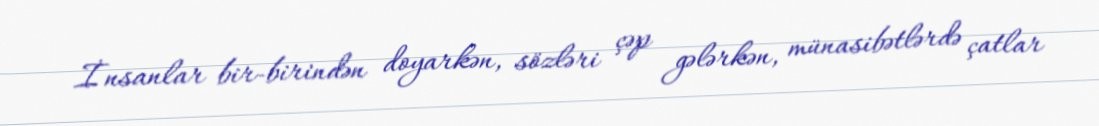
İnsanlar bir-birindən doyarkən, sözləri çəp gələrkən, münasibətlərdə çatlar